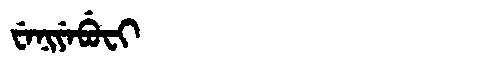
Manchu: ᠸᡝᠨᡳᠶᡝᠪᡠᠸᡳ
Romanization: WENIYEBUFI